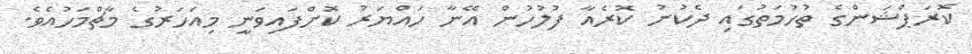
ކޮރަޕްޝަންގެ ތުހުމަތުގައި ދެކުނު ކޮރެއާ ފުލުހުން އޭނާ ހައްޔަރު ކޮށްފައިވަނީ މިއަހަރުގެ މާޗްމަހުއެވެ.